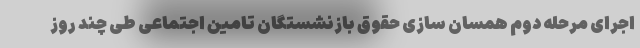
اجرای مرحله دوم همسان سازی حقوق بازنشستگان تامین اجتماعی طی چند روز